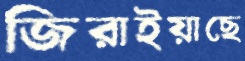
জিরাইয়াছে